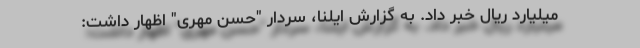
میلیارد ریال خبر داد. به گزارش ایلنا، سردار "حسن مهری" اظهار داشت: